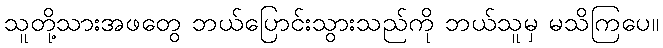
သူတို့သားအဖတွေ ဘယ်ပြောင်းသွားသည်ကို ဘယ်သူမှ မသိကြပေ။